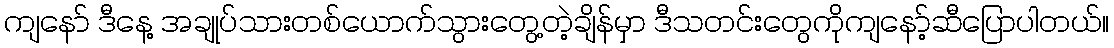
ကျနော် ဒီနေ့ အချုပ်သားတစ်ယောက်သွားတွေ့တဲ့ချိန်မှာ ဒီသတင်းတွေကိုကျနော့်ဆီပြောပါတယ်။